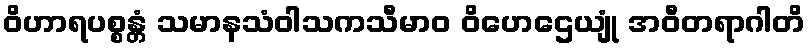
ဝိဟာရပစ္စန္တံ သမာနသံဝါသကသီမာဝ ဝိဟေဌေယျုံ အဝီတရာဂါတိ